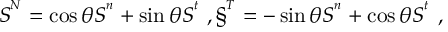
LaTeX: S ^ { ^ N } = \cos { \theta } S ^ { ^ n } + \sin { \theta } S ^ { ^ t } \ , \S ^ { ^ T } = - \sin { \theta } S ^ { ^ n } + \cos { \theta } S ^ { ^ t } \ ,